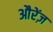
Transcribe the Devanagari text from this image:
औरेंज़